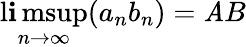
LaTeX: \operatorname*{l\mathbf{i}msup}_{n\to\infty}(a_{n}b_{n})=\mathit{A}B